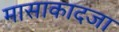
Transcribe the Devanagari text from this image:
मासाकादजा